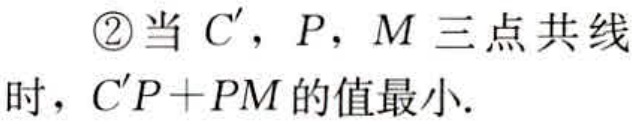
\textcircled{2}当 \(C'\)，\(P\)，\(M\) 三点共线时，\(C'P + PM\) 的值最小.